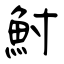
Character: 鮒